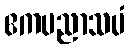
ဧကပညာသမံ